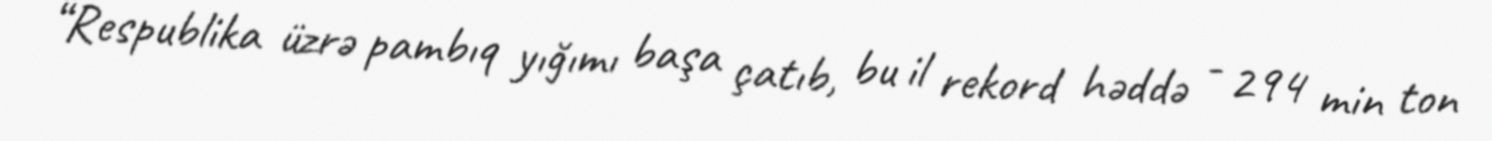
“Respublika üzrə pambıq yığımı başa çatıb, bu il rekord həddə - 294 min ton